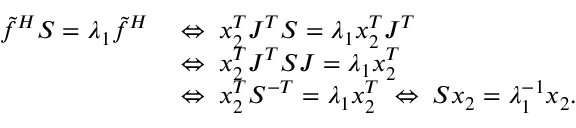
\begin{array} { r l } { \tilde { f } ^ { H } S = \lambda _ { 1 } \tilde { f } ^ { H } \; } & { \Leftrightarrow \; x _ { 2 } ^ { T } J ^ { T } S = \lambda _ { 1 } x _ { 2 } ^ { T } J ^ { T } } \\ & { \Leftrightarrow \; x _ { 2 } ^ { T } J ^ { T } S J = \lambda _ { 1 } x _ { 2 } ^ { T } } \\ & { \Leftrightarrow \; x _ { 2 } ^ { T } S ^ { - T } = \lambda _ { 1 } x _ { 2 } ^ { T } \; \Leftrightarrow \; S x _ { 2 } = \lambda _ { 1 } ^ { - 1 } x _ { 2 } . } \end{array}